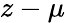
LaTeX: z-\mu